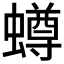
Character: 𧒆